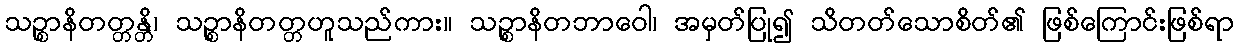
သဉ္စာနိတတ္တန္တိ၊ သဉ္စာနိတတ္တဟူသည်ကား။ သဉ္စာနိတဘာဝေါ၊ အမှတ်ပြု၍ သိတတ်သောစိတ်၏ ဖြစ်ကြောင်းဖြစ်ရာ